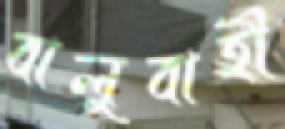
বালুবাহী